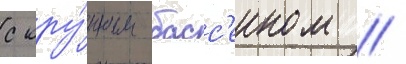
с кру́пным басс'еином /